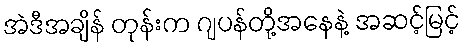
အဲဒီအချိန် တုန်းက ဂျပန်တို့အနေနဲ့ အဆင့်မြင့်